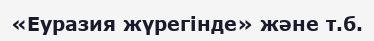
«Еуразия жүрегінде» және т.б.